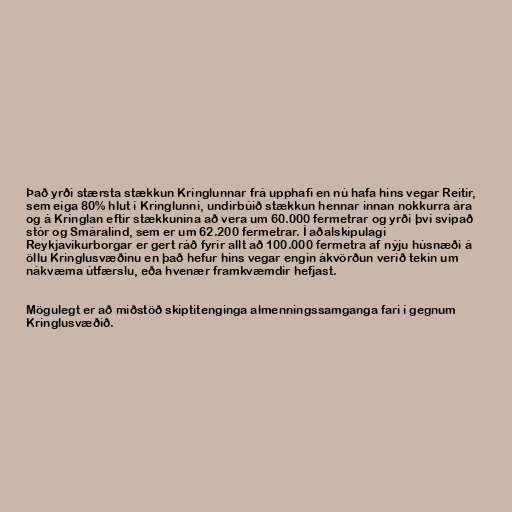
Það yrði stærsta stækkun Kringlunnar frá upphafi en nú hafa hins vegar Reitir,
sem eiga 80% hlut í Kringlunni, undirbúið stækkun hennar innan nokkurra ára
og á Kringlan eftir stækkunina að vera um 60.000 fermetrar og yrði því svipað
stór og Smáralind, sem er um 62.200 fermetrar. Í aðalskipulagi
Reykjavíkurborgar er gert ráð fyrir allt að 100.000 fermetra af nýju húsnæði á
öllu Kringlusvæðinu en það hefur hins vegar engin ákvörðun verið tekin um
nákvæma útfærslu, eða hvenær framkvæmdir hefjast.

Mögulegt er að miðstöð skiptitenginga almenningssamganga fari í gegnum
Kringlusvæðið.